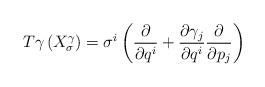
LaTeX: \begin{align*}T\gamma \left(X_{\sigma}^{\gamma}\right)=\sigma^i\left(\frac{\partial}{\partial q^i}+\frac{\partial \gamma_j}{\partial q^i}\frac{\partial}{\partial p_j}\right)\end{align*}